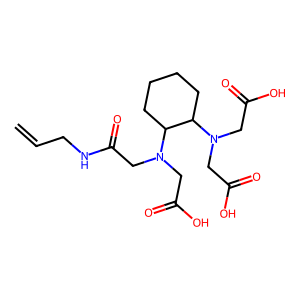
SMILES: C=CCNC(=O)CN(CC(=O)O)C1CCCCC1N(CC(=O)O)CC(=O)O
Inhibits HIV replication: No